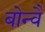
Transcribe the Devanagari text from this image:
बोन्वै